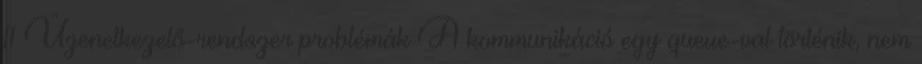
11 Üzenetkezelő-rendszer problémák A kommunikáció egy queue-val történik, nem